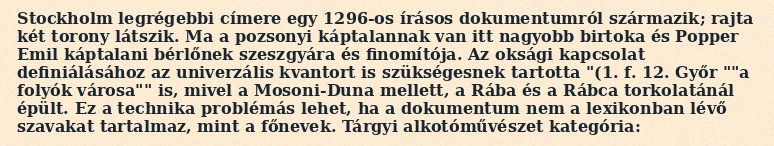
Stockholm legrégebbi címere egy 1296-os írásos dokumentumról származik; rajta két torony látszik. Ma a pozsonyi káptalannak van itt nagyobb birtoka és Popper Emil káptalani bérlőnek szeszgyára és finomítója. Az oksági kapcsolat definiálásához az univerzális kvantort is szükségesnek tartotta "(1. f. 12. Győr ""a folyók városa"" is, mivel a Mosoni-Duna mellett, a Rába és a Rábca torkolatánál épült. Ez a technika problémás lehet, ha a dokumentum nem a lexikonban lévő szavakat tartalmaz, mint a főnevek. Tárgyi alkotóművészet kategória: